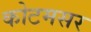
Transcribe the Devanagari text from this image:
कोटमसर